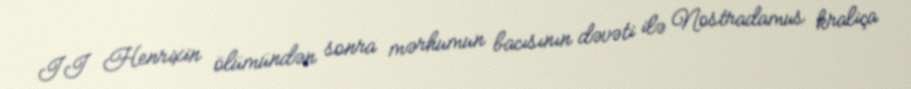
II Henrixin ölümündən sonra mərhumun bacısının dəvəti ilə Nostradamus kraliça